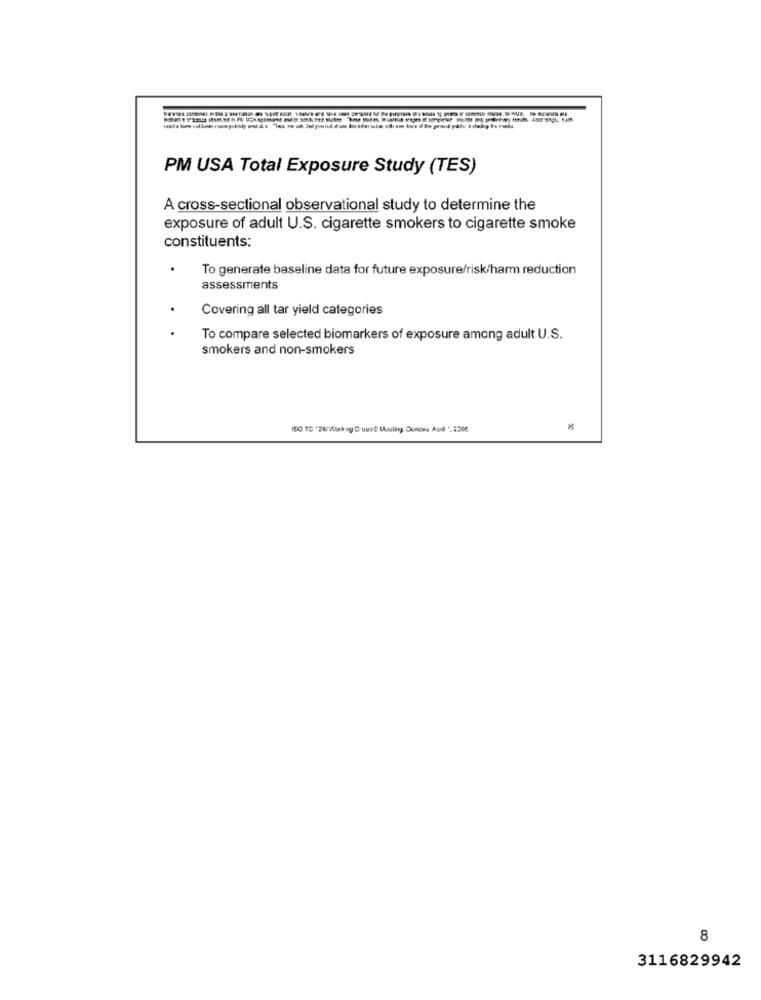
PM USA Total Exposure Study (TES)
A cross-sectional observational study to determine the
exposure of adult U.S. cigarette smokers to cigarette smoke
constituents:
To generate baseline data for future exposure/risk/harm reduction
assessments
Covering all tar yield categories
To compare selected biomarkers of exposure among adult U.S.
smokers and non-smokers
ISO TO *28/10ak ag D'uus Mouling Dunow Aull '.2208
8
3116829942